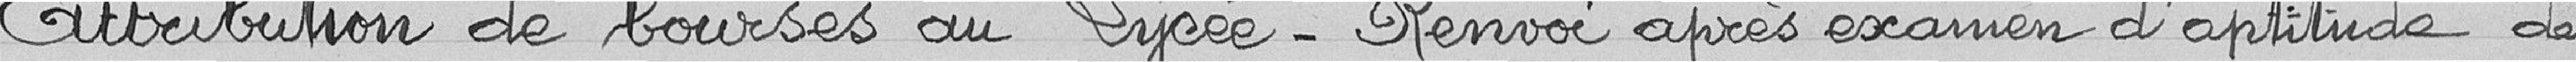
Attribution de bourses au Lycée - Renvoi après examen d'aptitude des